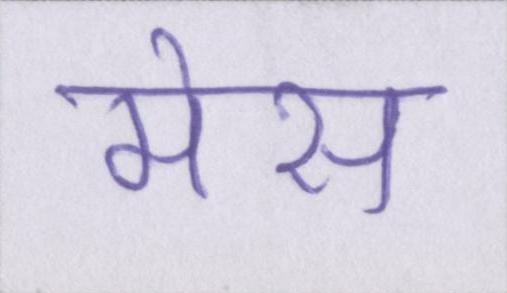
मेस